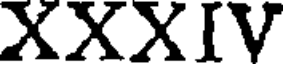
XXXIV